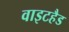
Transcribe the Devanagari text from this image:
वाइटहैड